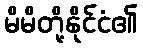
မိမိတို့နိုင်ငံ၏